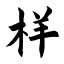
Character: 样